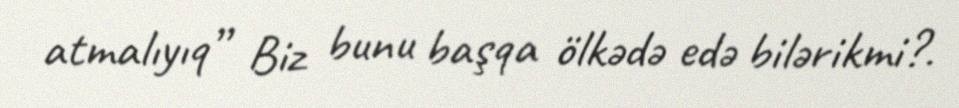
atmalıyıq” Biz bunu başqa ölkədə edə bilərikmi?.